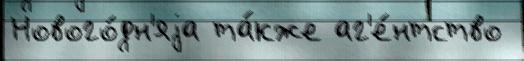
Нового́дн'яjа та́кже аг'е́нтство